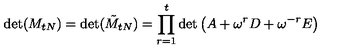
\det ( M _ { t N } ) = \det ( \tilde { M } _ { t N } ) = \prod _ { r = 1 } ^ { t } \det \left( A + \omega ^ { r } D + \omega ^ { - r } E \right)